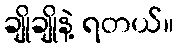
ချိုချိုနဲ့ ရတယ်။